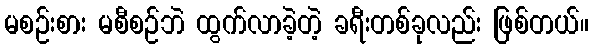
မစဉ်းစား မစီစဉ်ဘဲ ထွက်လာခဲ့တဲ့ ခရီးတစ်ခုလည်း ဖြစ်တယ်။